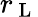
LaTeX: r_{\mathrm{~L~}}